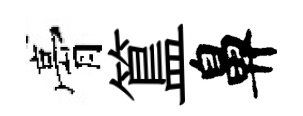
膏簋鼻